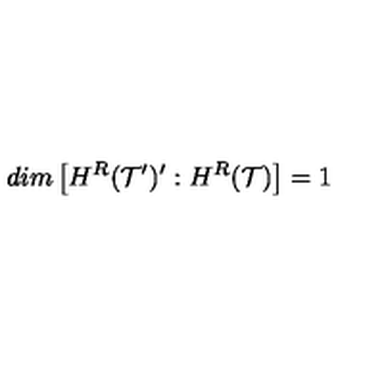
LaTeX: d i m \left[ H ^ { R } ( { \cal T } ^ { \prime } ) ^ { \prime } : H ^ { R } ( { \cal T } ) \right] = 1